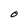
Character: O